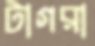
টাগরা